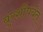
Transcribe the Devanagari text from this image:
बुरशींपर्यंत